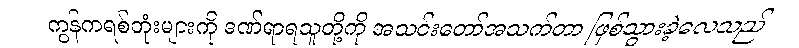
ကွန်ကရစ်တုံးများကို ဒဏ်ရာရသူတို့ကို အသင်းတော်အသက်တာ ဖြစ်သွားခဲ့လေသည်